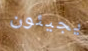
يجيئون